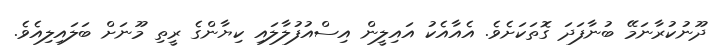
ދޫނުކުރާނަމޭ ބުނާފަދަ ގޮތަކަށެވެ. އެއާއެކު އައިލީން އިސްއުފުލާލައި ކިޔާާންގެ ރީތި މޫނަށް ބަލައިލިއެވެ.